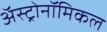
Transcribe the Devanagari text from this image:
अॅस्ट्रोनॉमिकल